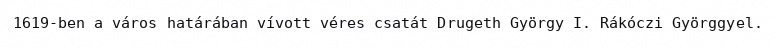
1619-ben a város határában vívott véres csatát Drugeth György I. Rákóczi Györggyel.